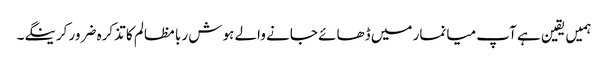
ہمیں یقین ہے آپ میانمار میں ڈھائے جانے والے ہوش ربا مظالم کا تذکرہ ضرور کرینگے۔